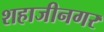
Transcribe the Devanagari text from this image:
शहाजीनगर